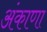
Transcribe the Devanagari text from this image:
अंकाणा